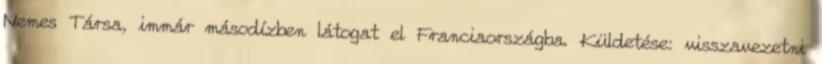
Nemes Társa, immár másodízben látogat el Franciaországba. Küldetése: visszavezetni